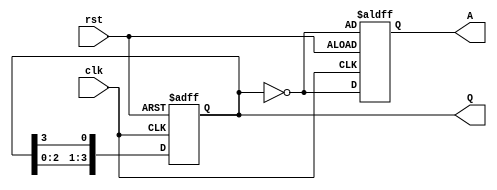
`timescale 1ns / 1ps
//////////////////////////////////////////////////////////////////////////////////
// Company: 
// Engineer: 
// 
// Design Name: 
// Module Name: ring_counter
// Project Name: 
// Target Devices: 
// Tool Versions: 
// Description: 
// 
// Dependencies: 
// 
// Revision:
// Revision 0.01 - File Created
// Additional Comments:
// 
//////////////////////////////////////////////////////////////////////////////////
//initial value shold be 1000!

module ring_counter(rst,clk,Q,A);
input rst;
input clk;
output [3:0] Q;
output [3:0] A;
reg [3:0] Q;
reg [3:0] A;
always@(posedge clk or posedge rst)begin
if(rst==1) begin Q<=4'b1000; A<=~Q; end
else begin
    Q[0]<=Q[3];
    Q[3]<=Q[2];
    Q[2]<=Q[1];
    Q[1]<=Q[0];
    A<=~Q;
    end 
end
endmodule